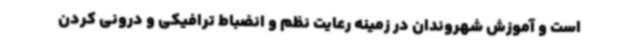
است و آموزش شهروندان در زمینه رعایت نظم و انضباط ترافیکی و درونی کردن